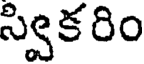
స్విక రిం